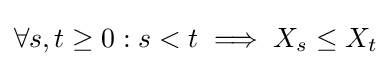
\forall s,t\geq 0:s<t\implies X_{s}\leq X_{t}